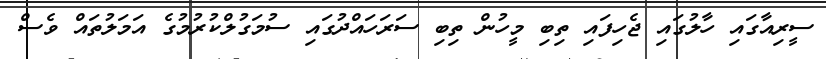
ސީރިއާގައި ހާލުގައި ޖެހިފައި ތިބި މީހުން ތިބި ސަރަހައްދުގައި ސުމަގުލްކުރުމުގެ އަމަލުތައް ވެސް